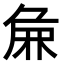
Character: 𫝖